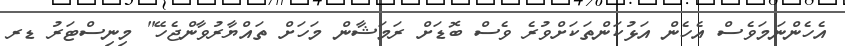
އެހެންނަމަވެސް އެހެން އަޅުކަންތަކަށްވުރެ ވެސް ބޮޑަށް ރަމަޝާން މަހަށް ތައްޔާރުވާންޖެހޭ" މިނިސްޓަރު ޑރ